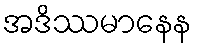
အဒိဿမာနေန